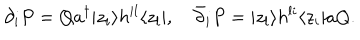
\partial _ { i } P = Q a ^ { \dagger } | z _ { i } \rangle h ^ { i l } \langle z _ { l } | , \quad \bar { \partial } _ { i } P = | z _ { l } \rangle h ^ { l i } \langle z _ { i } | a Q .